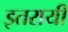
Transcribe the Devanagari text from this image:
इतरायी